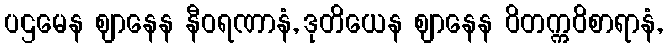
ပဌမေန ဈာနေန နီဝရဏာနံ, ဒုတိယေန ဈာနေန ဝိတက္ကဝိစာရာနံ,